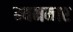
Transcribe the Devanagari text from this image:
म्यनमार